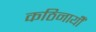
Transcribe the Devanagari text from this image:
कठिनायीँ